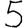
Digit: 5